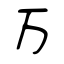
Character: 万